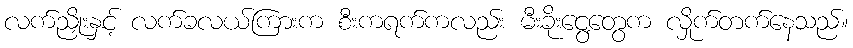
လက်ညှိုးနှင့် လက်ခလယ်ကြားက စီးကရက်ကလည်း မီးခိုးငွေ့တွေက လှိုက်တက်နေသည်။